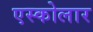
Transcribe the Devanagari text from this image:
एस्कोलार